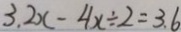
3 . 2 x - 4 x \div 2 = 3 . 6